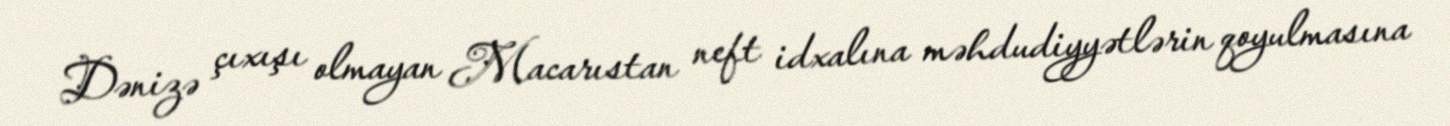
Dənizə çıxışı olmayan Macarıstan neft idxalına məhdudiyyətlərin qoyulmasına